Medical and sanitary report of the native army of Madras for the year
Year: 1878
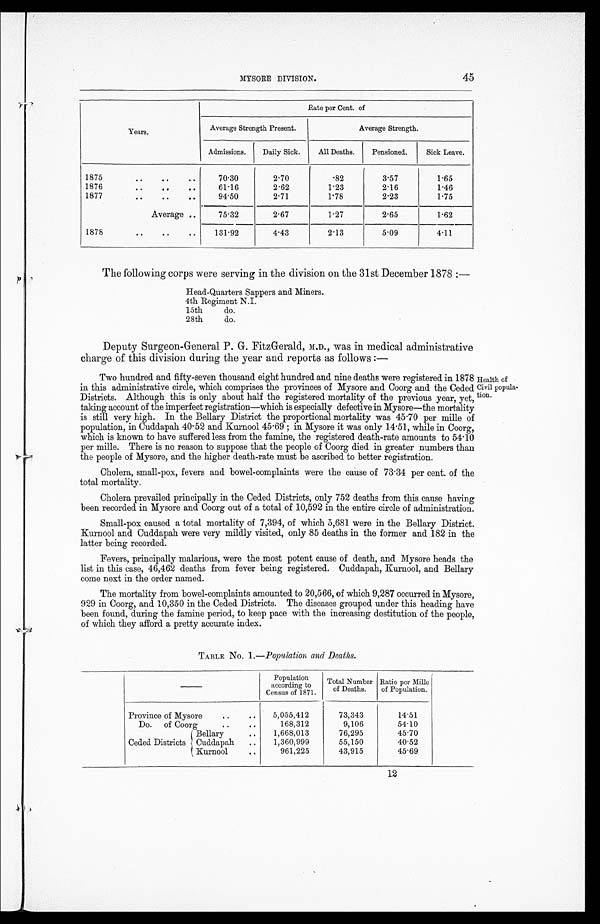
MYSORE DIVISION.
45
Years.
Rate per Cent. of
Average Strength Present.
Average Strength.
Admissions.
Daily Sick.
All Deaths.
Pensioned.
Sick Leave.
1875
..
..
..
70.30
2.70
.82
3.57
1.65
1876
..
. .
..
61.16
2.62
1.23
2.16
1.46
1877
..
..
. .
94.50
2.71
1.78
2.23
1.75
Average ..
75.32
2.67
1.27
2.65
1.62
1878
..
..
..
131.92
4.43
2.13
5.09
4.11
The following corps were serving in the division on the 31st December 1878 :—
Head-Quarters Sappers and Miners.
4th Regiment N.I.
15th
do.
28th
do.
Deputy Surgeon-General P. G. FitzGerald, M.D., was in medical administrative
charge of this division during the year and reports as follows :—
Two hundred and fifty-seven thousand eight hundred and nine deaths were registered in 1878
in this administrative circle, which comprises the provinces of Mysore and Coorg and the Ceded
Districts. Although this is only about half the registered mortality of the previous year, yet,
taking account of the imperfect registration—which is especially defective in Mysore—the mortality
is still very high. In the Bellary District the proportional mortality was 45.70 per mille of
population, in Cuddapah 40.52 and Kurnool 45.69 ; in Mysore it was only 14.51, while in Coorg,
which is known to have suffered less from the famine, the registered death-rate amounts to 54.10
per mille. There is no reason to suppose that the people of Coorg died in greater numbers than
the people of Mysore, and the higher death-rate must be ascribed to better registration.
Cholera, small-pox, fevers and bowel-complaints were the cause of 73.34 per cent. of the
total mortality.
Cholera prevailed principally in the Ceded Districts, only 752 deaths from this cause having
been recorded in Mysore and Coorg out of a total of 10,592 in the entire circle of administration.
Small-pox caused a total mortality of 7,394, of which 5,681 were in the Bellary District.
Kurnool and Cuddapah were very mildly visited, only 85 deaths in the former and 182 in the
latter being recorded.
Fevers, principally malarious, were the most potent cause of death, and Mysore heads the
list in this case, 46,462 deaths from fever being registered. Cuddapah, Kurnool, and Bellary
come next in the order named.
The mortality from bowel-complaints amounted to 20,566, of which 9,287 occurred in Mysore,
929 in Coorg, and 10,350 in the Ceded Districts. The diseases grouped under this heading have
been found, during the famine period, to keep pace with the increasing destitution of the people,
of which they afford a pretty accurate index.
TABLE No. 1. —Population and Deaths.
Health of
Civil popula-
tion.
—
Population
according to
Census of 1871.
Total Number
of Deaths.
Ratio per Mille
of Population.
Province of Mysore
..
..
5,055,412
73,343
14.51
Do. of Coorg
..
..
168,312
9,106
54.10
Ceded Districts
Bellary
..
1,668,013
76,295
45.70
Cuddapah ..
1,360,999
55,150
40.52
Kurnool
..
961,225
43,915
45.69
12